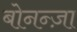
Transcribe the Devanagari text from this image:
बोनन्ज़ा